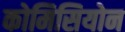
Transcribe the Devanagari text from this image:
कोमिसियोन